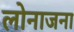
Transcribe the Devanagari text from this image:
लोनाजना